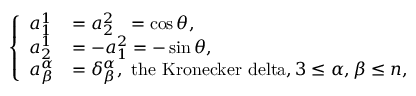
\begin{array} { r } { \left\{ \begin{array} { l l l } { a _ { 1 } ^ { 1 } } & { = a _ { 2 } ^ { 2 } \ \ = \cos \theta , } \\ { a _ { 2 } ^ { 1 } } & { = - a _ { 1 } ^ { 2 } = - \sin \theta , } \\ { a _ { \beta } ^ { \alpha } } & { = \delta _ { \beta } ^ { \alpha } , \mathrm { ~ t h e ~ K r o n e c k e r ~ d e l t a } , 3 \leq \alpha , \beta \leq n , } \end{array} \right. } \end{array}